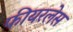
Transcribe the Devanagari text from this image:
फीयरलेस